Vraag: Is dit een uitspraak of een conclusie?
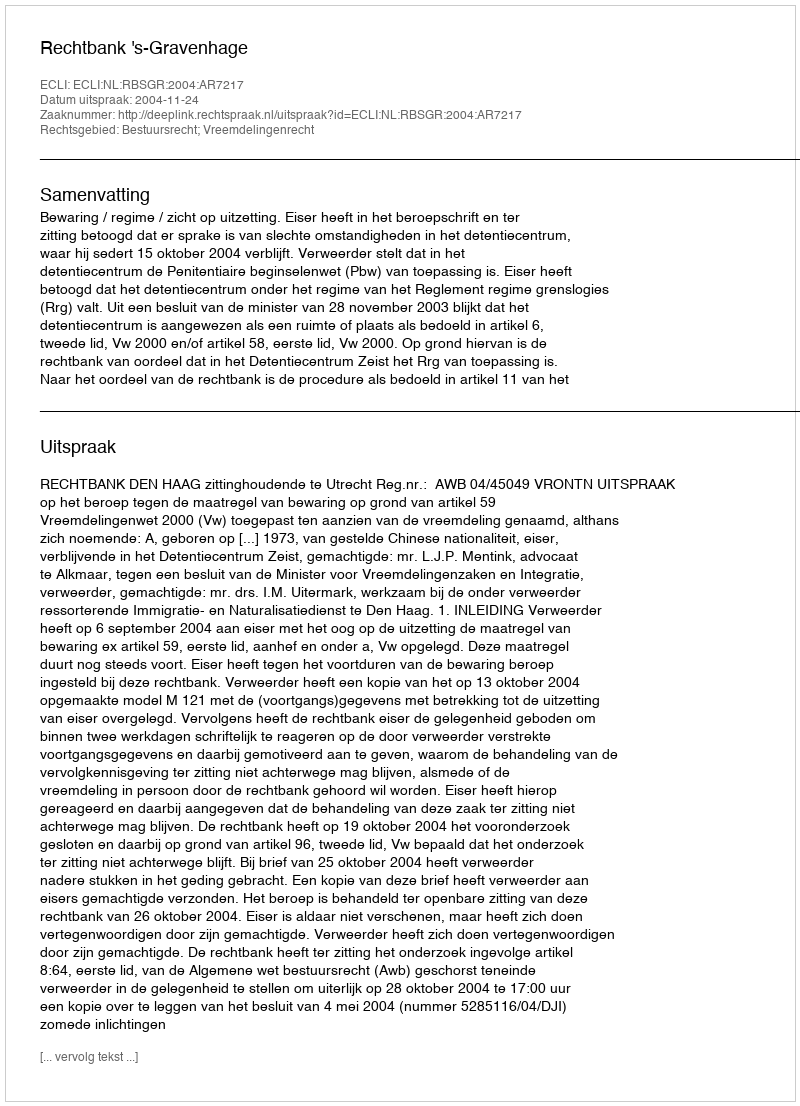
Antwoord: Uitspraak